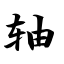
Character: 轴